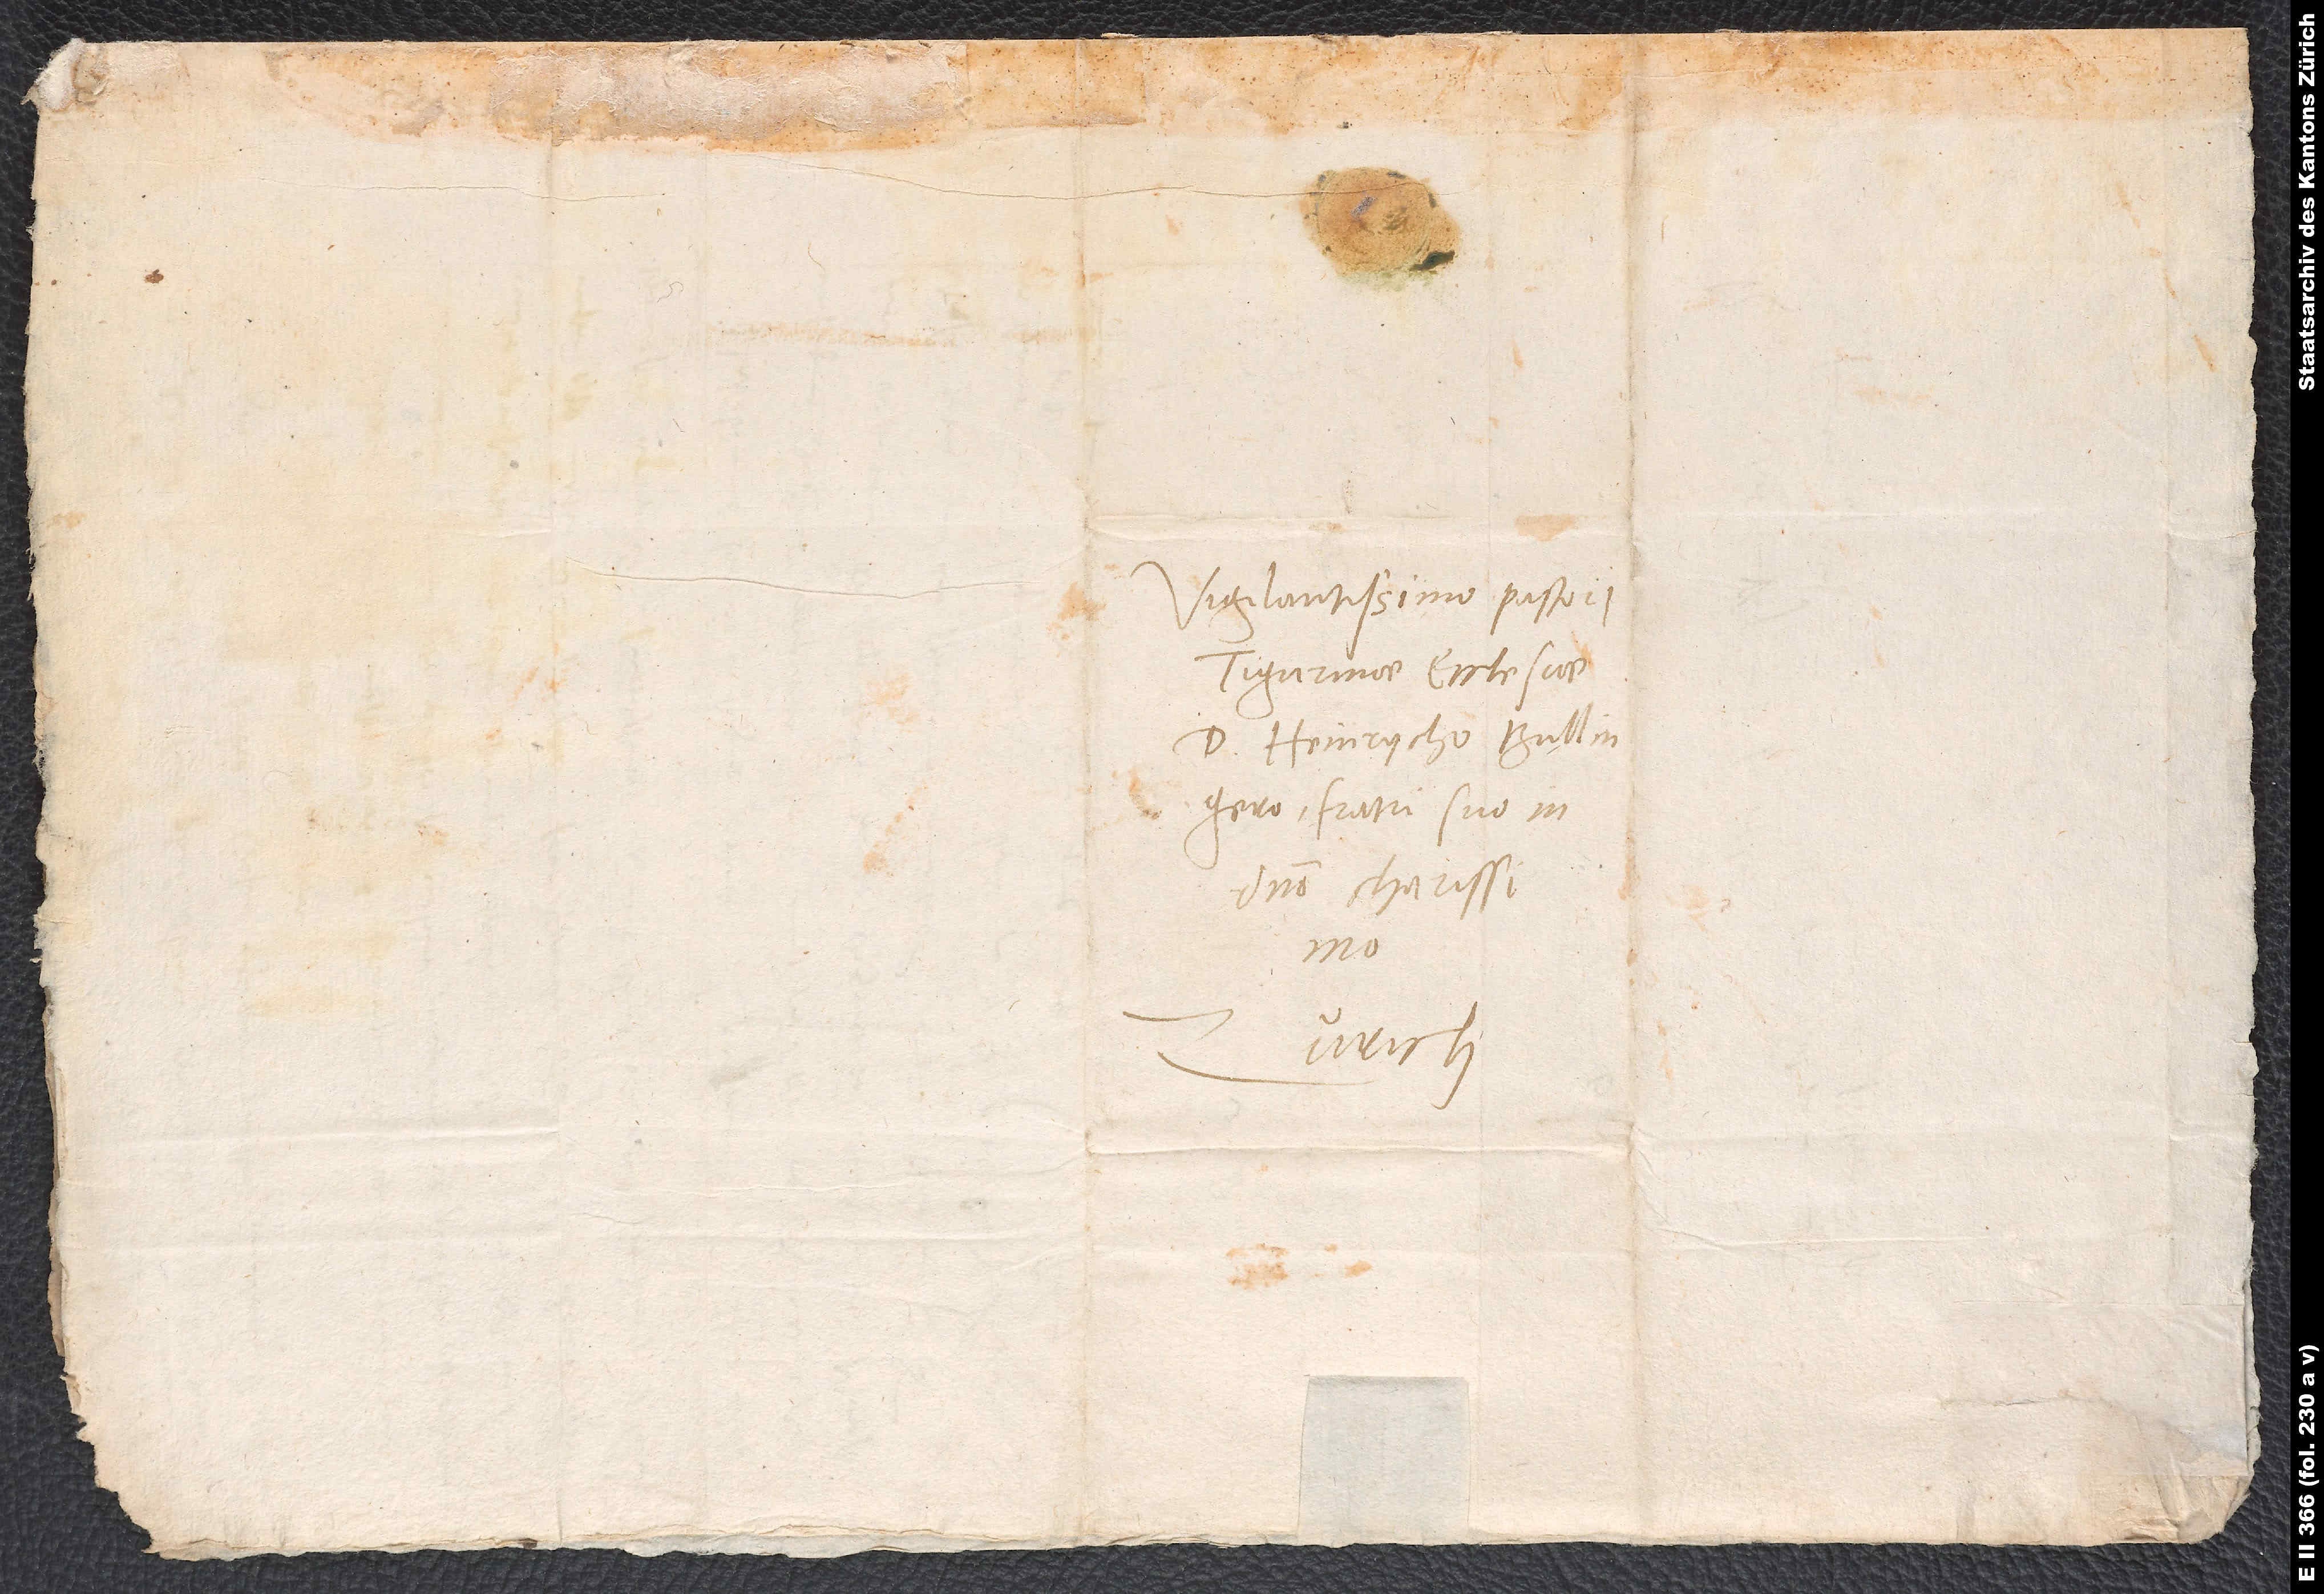
Vigilantissimo pastori
Tigurinae ecclesiae
d. Heinrycho Bullingero,
fratri suo in
domino charissimo.
Zurich.